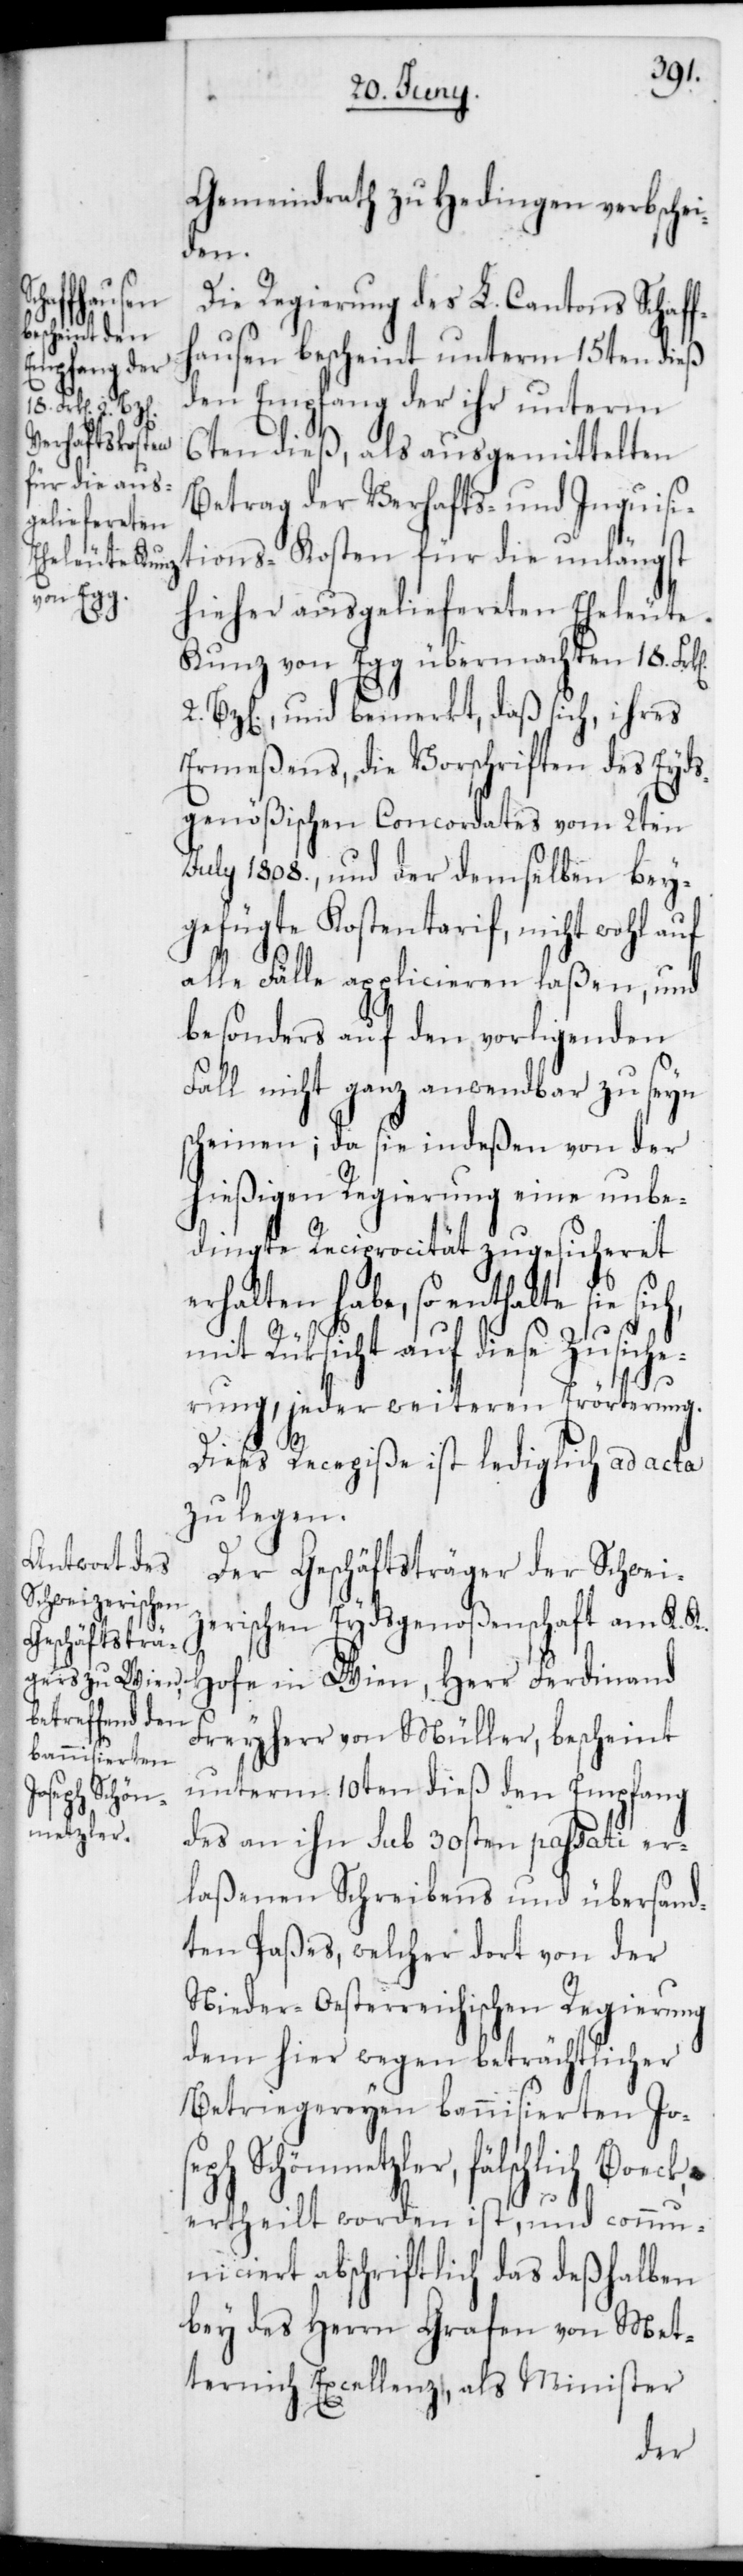
Gemeindrath zu Hedingen verbsche¬
iden.
Hofe in
Die Regierung des L. Cantons Schaff¬
hausen bescheint unterm 15ten dieß
den Empfang der ihr unterm
h,
6ten dieß, als ausgemittelten
Betrag der Verhafts- und Inquisi¬
tions-Kosten für die unlängst
hieher ausgeliefereten Eheleute
Kunz von Egg übermachten 18.
2. Bz[en], und bemerkt, daß sich, ihres
Ermeßens, die Vorschriften des Eyds¬
genößischen Concordates vom 2ten
July 1808., und der demselben bey¬
gefügte Kostentarif, nicht wohl auf
alle Fälle applicieren laßen, und
besonders auf den vorligenden
Fall nicht ganz anwendbar zu seyn
scheinen; da sie indeßen von der
hießigen Regierung eine unbe¬
dingte Reciprocität zugesicheret
erhalten habe, so enthalte sie sic¬
mit Rücksicht auf diese Zusiche¬
rung, jeder weiteren Erörterung.
Dieses Recepiße ist lediglich ad acta
zu legen.
Der Geschäftsträger der Schwei¬
zerischen Eydsgenoßenschaft am K. K.
Freyherr von Müller, bescheint
unterm 10ten dieß den Empfang
ch Boeck,
metzler,
des an ihn sub 30sten passati er¬
laßenen Schreibens und übersand¬
ten Paßes, welcher dort von der
Nieder-Oesterreichischen Regierung
dem hier wegen beträchtlicher
Betriegereyen bannisierten Jo¬
ertheilt worden ist, und comm¬
uniciert abschriftlich das deßhalben
bey des Herrn Grafen von Met¬
ternich Excellenz, als Minister